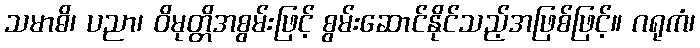
သမာဓိ၊ ပညာ၊ ဝိမုတ္တိအစွမ်းဖြင့် စွမ်းဆောင်နိုင်သည့်အဖြစ်ဖြင့်။ ဂရုကံ၊